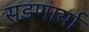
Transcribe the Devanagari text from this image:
सडणार्या